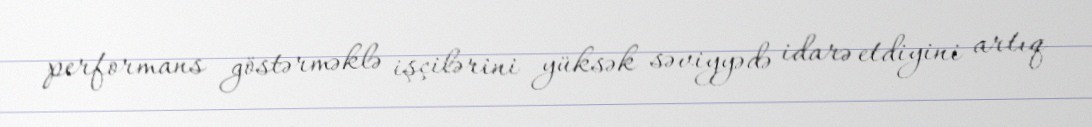
performans göstərməklə işçilərini yüksək səviyyədə idarə etdiyini artıq